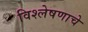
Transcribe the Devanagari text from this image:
विश्‍लेषणाचे